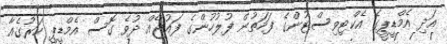
އަދި އެމްޑީޕީގެ އެކްޓިވިސްޓުންގެ ފަހަތުން ފުލުހުންގެ ފައުޖެއް ދުވެ ގޮސް އެމްޑީޕީ ހަރުގެއާ